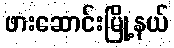
ဖားဆောင်းမြို့နယ်